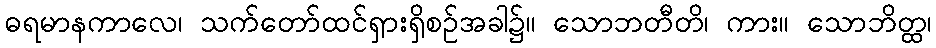
ဓရမာနကာလေ၊ သက်တော်ထင်ရှားရှိစဉ်အခါ၌။ သောဘတီတိ၊ ကား။ သောဘိတ္ထ၊